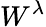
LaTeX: W^{\lambda}